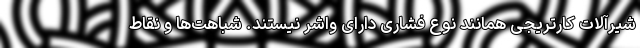
شیرآلات کارتریجی همانند نوع فشاری دارای واشر نیستند. شباهت‌ها و نقاط